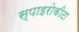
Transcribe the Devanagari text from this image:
स्पाइरोकीटा